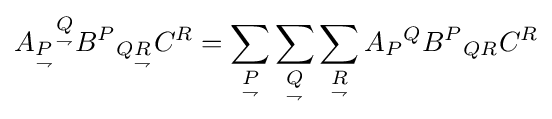
A_{\underset {\rightharpoondown }{P}}{}^{\underset {\rightharpoondown }{Q}}B^{P}{}_{Q{\underset {\rightharpoondown }{R}}}C^{R}=\sum _{\underset {\rightharpoondown }{P}}\sum _{\underset {\rightharpoondown }{Q}}\sum _{\underset {\rightharpoondown }{R}}A_{P}{}^{Q}B^{P}{}_{QR}C^{R}